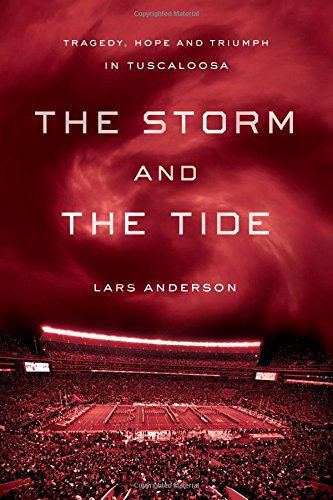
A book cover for The Storm and the Tide: Tragedy, Hope and Triumph in Tuscaloosa; Lars Anderson; Science & Math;